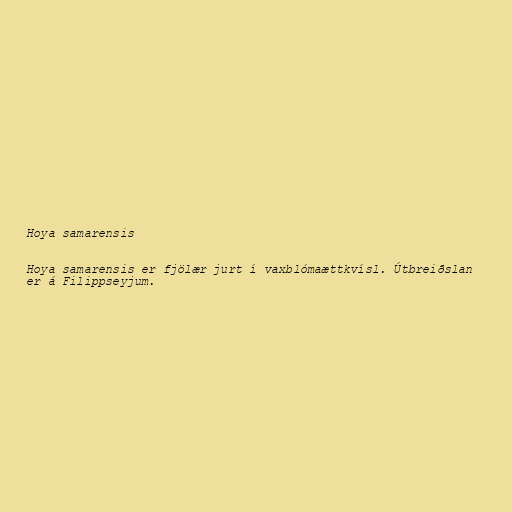
Hoya samarensis

Hoya samarensis er fjölær jurt í vaxblómaættkvísl. Útbreiðslan
er á Filippseyjum.